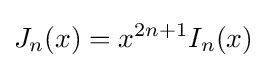
J_{n}(x)=x^{2n+1}I_{n}(x)